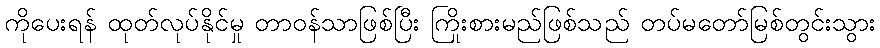
ကိုပေးရန် ထုတ်လုပ်နိုင်မှု တာဝန်သာဖြစ်ပြီး ကြိုးစားမည်ဖြစ်သည် တပ်မတော်မြစ်တွင်းသွား